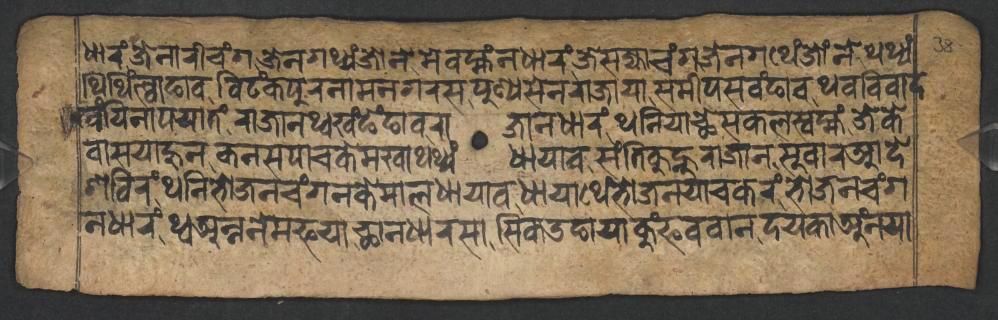
𑐢𑐵𑐬𑑄𑐖𑐾𑐣𑐵𑐬𑐷𑐔𑑄𑐐𑐖𑐾𑐣𑐐𑐠𑑂𑐫𑑄𑐖𑑀𑐣𑐾𑐩𑐾𑐰𑐩𑑂𑐴𑑄𑐣𑐢𑐵𑐬𑑄𑐖𑐾𑐳𑐖𑑂𑐫𑐵𑐔𑑄𑐐𑐖𑐾𑐣𑐐𑐠𑐾𑑄𑐖𑑀𑑄𑐣𑐾𑐠𑐠𑑂𑐫𑑄 𑐠𑐶𑐠𑐶𑑄𑐮𑑂𑐰𑐵𑐒𑐵𑐰𑐰𑐶𑐚𑑄𑐎𑐥𑐸𑐬𑐣𑐵𑐩𑐣𑐐𑐬𑐳𑐥𑐸𑐞𑑂𑐫𑐳𑐾𑐣𑐬𑐵𑐖𑐵𑐫𑐵𑐳𑐩𑐷𑐥𑐳𑐰𑑄𑐒𑐵𑐰𑐠𑐰𑐰𑐶𑐰𑐵𑐡 𑐏𑑄𑐫𑐶𑐣𑐵𑐥𑐫𑐵𑐟𑑄𑐬𑐵𑐖𑐵𑐣𑐠𑑂𑐰𑐏𑑄𑐒𑐾𑑄𑐒𑐵𑐰𑐬𑐵𑐖𑐵𑐣𑐢𑐵𑐬𑑄𑐠𑐣𑐶𑐫𑐵𑐕𑐾𑐳𑐎𑐮𑐳𑑂𑐰𑐩𑑂𑐴𑑄𑐖𑐾𑐎𑐾 𑐰𑐵𑐳𑐫𑐵𑐴𑐸𑐣𑐎𑐣𑐳𑐥𑐵𑐔𑐎𑐾𑐩𑐏𑐵𑐠𑐠𑑂𑐫𑑄𑐢𑐵𑐫𑐵𑐰𑐳𑑄𑐟𑐶𑐎𑐸𑐣𑑂𑐴𑐸𑐬𑐵𑐖𑐵𑐣𑐳𑐸𑐰𑐵𑐬𑐁𑐡𑐾 𑐱𑐧𑐶𑐬𑑄𑐠𑐣𑐶𑐨𑑀𑐖𑐔𑑄𑐐𑐣𑐎𑐾𑐩𑐵𑐮𑐢𑐵𑐫𑐵𑐰𑐢𑐵𑐫𑐵𑐠𑐾𑑄𑐨𑑀𑐖𑐣𑐫𑐵𑐔𑐎𑐬𑑄𑐨𑑀𑐖𑐔𑑄𑐐 𑐣𑐢𑐵𑐬𑑄𑐠𑑂𑐰𑐀𑐣𑑂𑐣𑐣𑐾𑐩𑐦𑐫𑐵𑐕𑐵𑐣𑐢𑐵𑐬𑐳𑐵𑐳𑐶𑐎𑑁𑐒𑐵𑐫𑐵𑐎𑐸𑑄𑐦𑐰𑐰𑐵𑐣𑐡𑐫𑐎𑐵𑐀𑑄𑐣𑐫𑐵